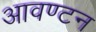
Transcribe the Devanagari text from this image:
आवण्टन